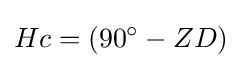
Hc=(90^{\circ }-ZD)